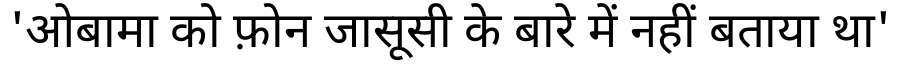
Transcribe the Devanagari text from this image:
'ओबामा को फ़ोन जासूसी के बारे में नहीं बताया था'